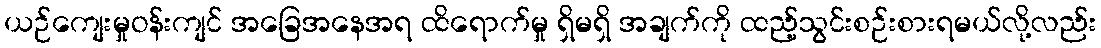
ယဉ်ကျေးမှုဝန်းကျင် အခြေအနေအရ ထိရောက်မှု ရှိမရှိ အချက်ကို ထည့်သွင်းစဉ်းစားရမယ်လို့လည်း